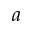
a